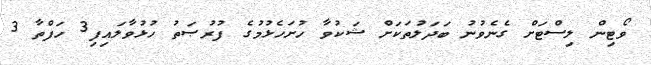
ވޯޓިން ލިސްޓަށް ގެނެވުނު ބަދަލުތަކަށް ޝަކުވާ ހުށަހެޅުމުގެ ފުރުޞަތު ހުޅުވާލައިފި3 ހަފްތާ 3